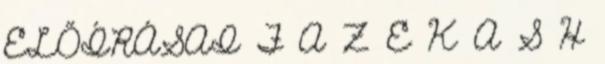
ELŐÍRÁSAI F A Z E K A S H